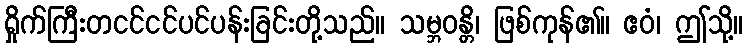
ရှိုက်ကြီးတငင်ငင်ပင်ပန်းခြင်းတို့သည်။ သမ္ဘဝန္တိ၊ ဖြစ်ကုန်၏။ ဧဝံ၊ ဤသို့။